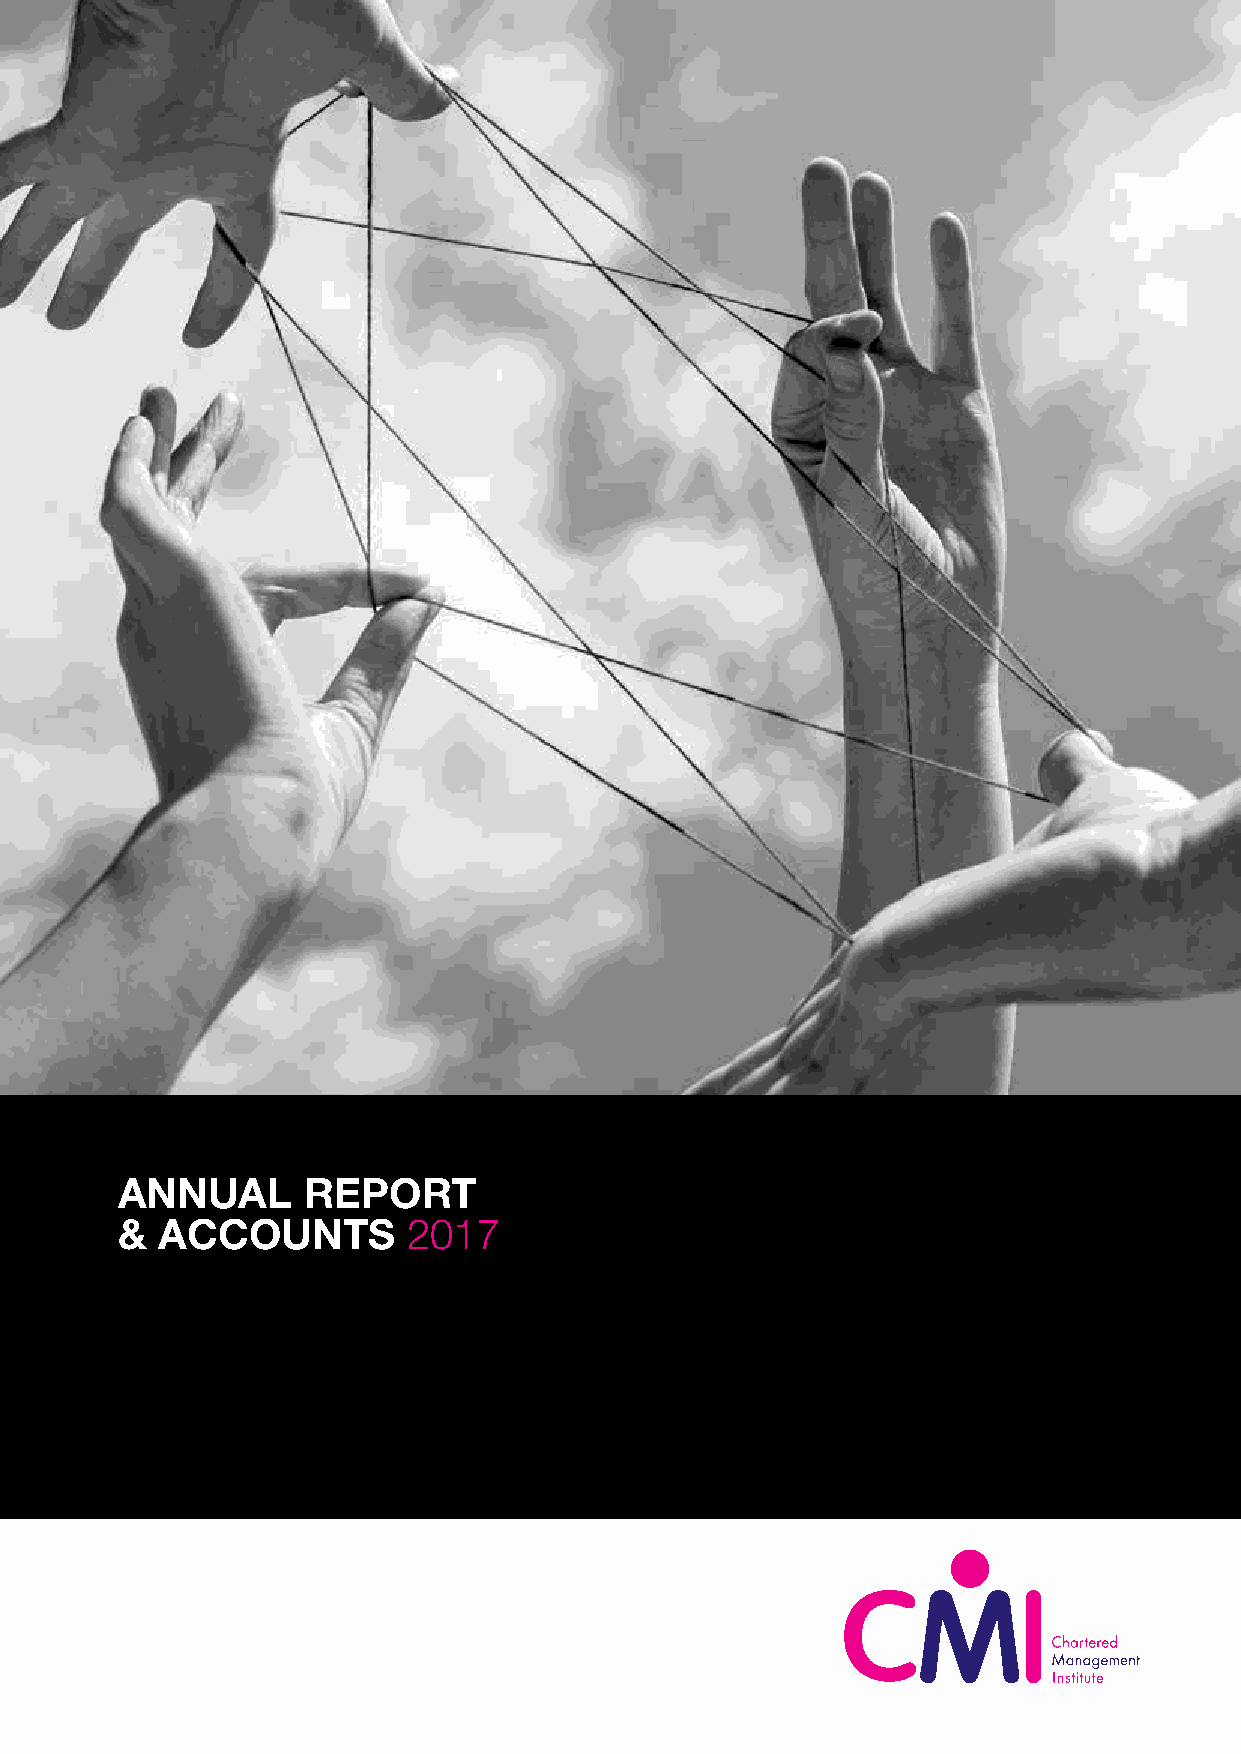
ANNUAL      REPORT
 & ACCOUNTS         2017